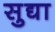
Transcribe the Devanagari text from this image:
सुद्या